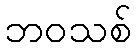
ဘဝသစ်